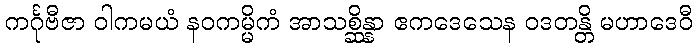
ကင်္ဂုဗီဇာ ဝါကမယံ နဝကမ္မိကံ အာသစ္ဆိန္နာ ဧကဒေသေန ဝဒတန္တိ မဟာဒေဝီ